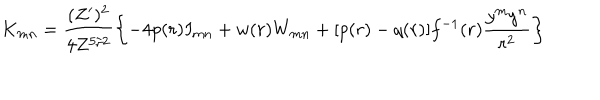
K _ { m n } = \frac { ( Z ^ { \prime } ) ^ { 2 } } { 4 Z ^ { 5 / 2 } } \left\{ - 4 p ( r ) I _ { m n } + w ( r ) W _ { m n } + [ p ( r ) - q ( r ) ] f ^ { - 1 } ( r ) \frac { y ^ { m } y ^ { n } } { r ^ { 2 } } \right\}